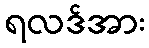
ရလဒ်အား